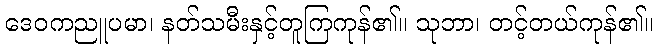
ဒေဝကညူပမာ၊ နတ်သမီးနှင့်တူကြကုန်၏။ သုဘာ၊ တင့်တယ်ကုန်၏။